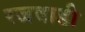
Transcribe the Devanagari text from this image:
रजवाडी